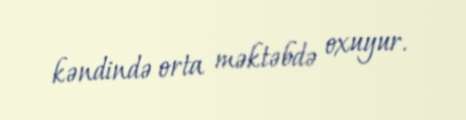
kəndində orta məktəbdə oxuyur.